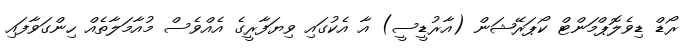
ރޯޑް ޑިވެލޮޕްމަންޓް ކޯޕަރޭޝަން (އާރުޑީސީ) އާ އެކުގައި ވިޔަފާރީގެ އެއްވެސް މުއާމަލާތެއް ހިންގަވާފައި